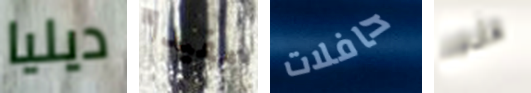
ديليا مفيدا حافلات هذه